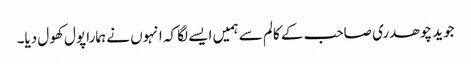
جوید چوھدری صاحب کے کالم سے ہمیں ایسے لگا کہ انہوں نے ہمارا پول کھول دیا۔